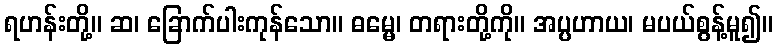
ရဟန်းတို့။ ဆ၊ ခြောက်ပါးကုန်သော။ ဓမ္မေ၊ တရားတို့ကို။ အပ္ပဟာယ၊ မပယ်စွန့်မူ၍။